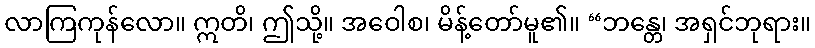
လာကြကုန်လော။ ဣတိ၊ ဤသို့။ အဝေါစ၊ မိန့်တော်မူ၏။ “ဘန္တေ၊ အရှင်ဘုရား။